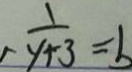
\frac { 1 } { y + 3 } = b